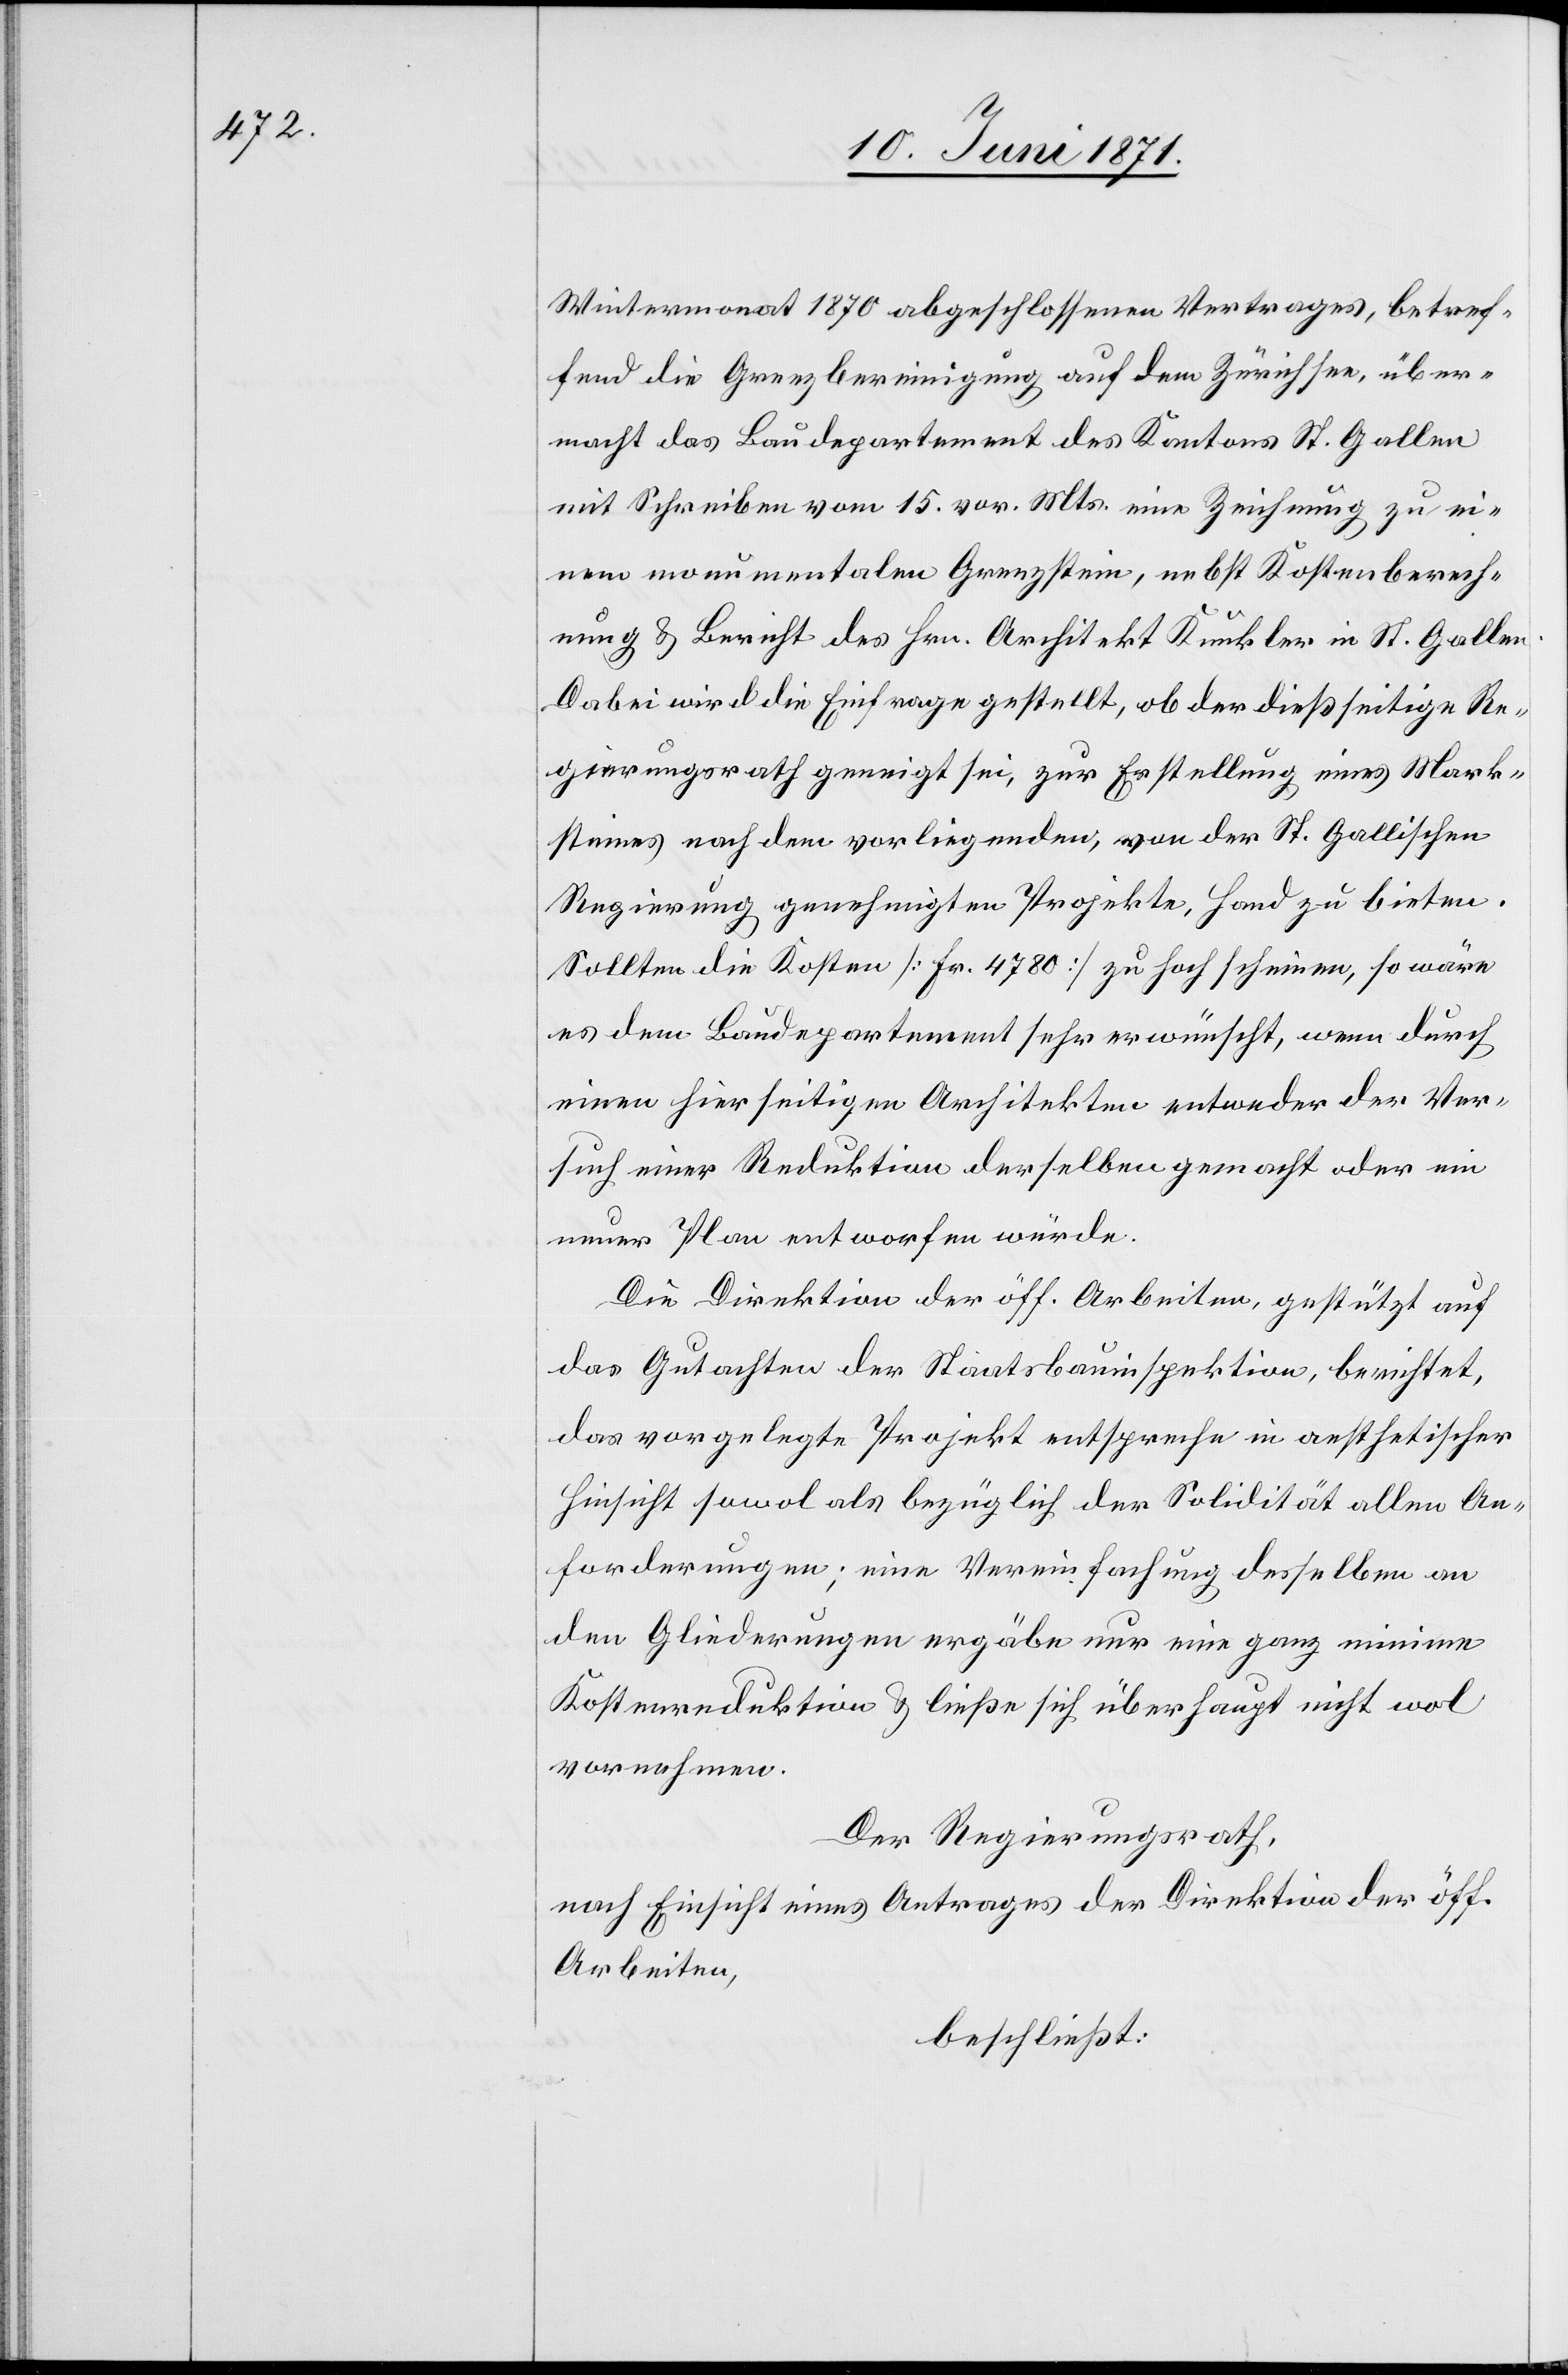
Wintermonat 1870 abgeschlossenen Vertrages, betref¬
fend die Grenzbereinigung auf dem Zürichsee, über¬
macht das Baudepartement des Kantons St. Gallen
mit Schreiben vom 15. vor. Mts. eine Zeichnung zu ei¬
nem monumentalen Grenzstein, nebst Kostenberech¬
nung u. Bericht des Hrn. Architekt Kunkler in St. Gallen.
Dabei wird die Einfrage gestellt, ob der dießseitige Re¬
gierungsrath geneigt sei, zur Erstellung eines Mark¬
steines nach dem vorliegenden, von der St. Gallischen
Regierung genehmigten Projekte, Hand zu bieten.
Sollten die Kosten [Fr. 4780] zu hoch scheinen, so wäre
es dem Baudepartement sehr erwünscht, wenn durch
einen hierseitigen Architekten entweder der Ver¬
such einer Reduktion derselben gemacht oder ein
neuer Plan entworfen würde.
Die Direktion der öff. Arbeiten, gestützt auf
das Gutachten der Staatsbauinspektion, berichtet,
das vorgelegte Projekt entspreche in aesthetischer
Hinsicht sowol als bezüglich der Solidität allen An¬
forderungen; eine Vereinfachung desselben an
den Gliederungen ergäbe nur eine ganz minime
Kostenreduktion u. ließe sich überhaupt nicht wol
vornehmen.
Der Regierungsrath,
nach Einsicht eines Antrages der Direktion der öff.
Arbeiten,
beschließt: